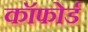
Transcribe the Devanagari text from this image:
कॉफोर्ड